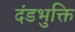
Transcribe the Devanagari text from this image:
दंडभुक्ति